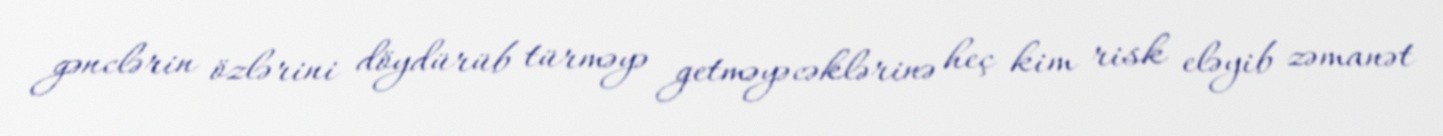
gənclərin özlərini döydürüb türməyə getməyəcəklərinə heç kim risk eləyib zəmanət